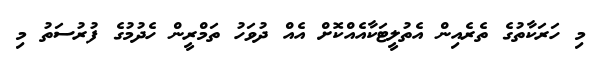
މި ހަރަކާތުގެ ތެރެއިން އެތުލީޓަކާއެއްކޮށް އެއް ދުވަހު ތަމްރީން ހެދުމުގެ ފުރުސަތު މި